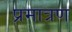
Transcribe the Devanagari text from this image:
प्रमात्रण